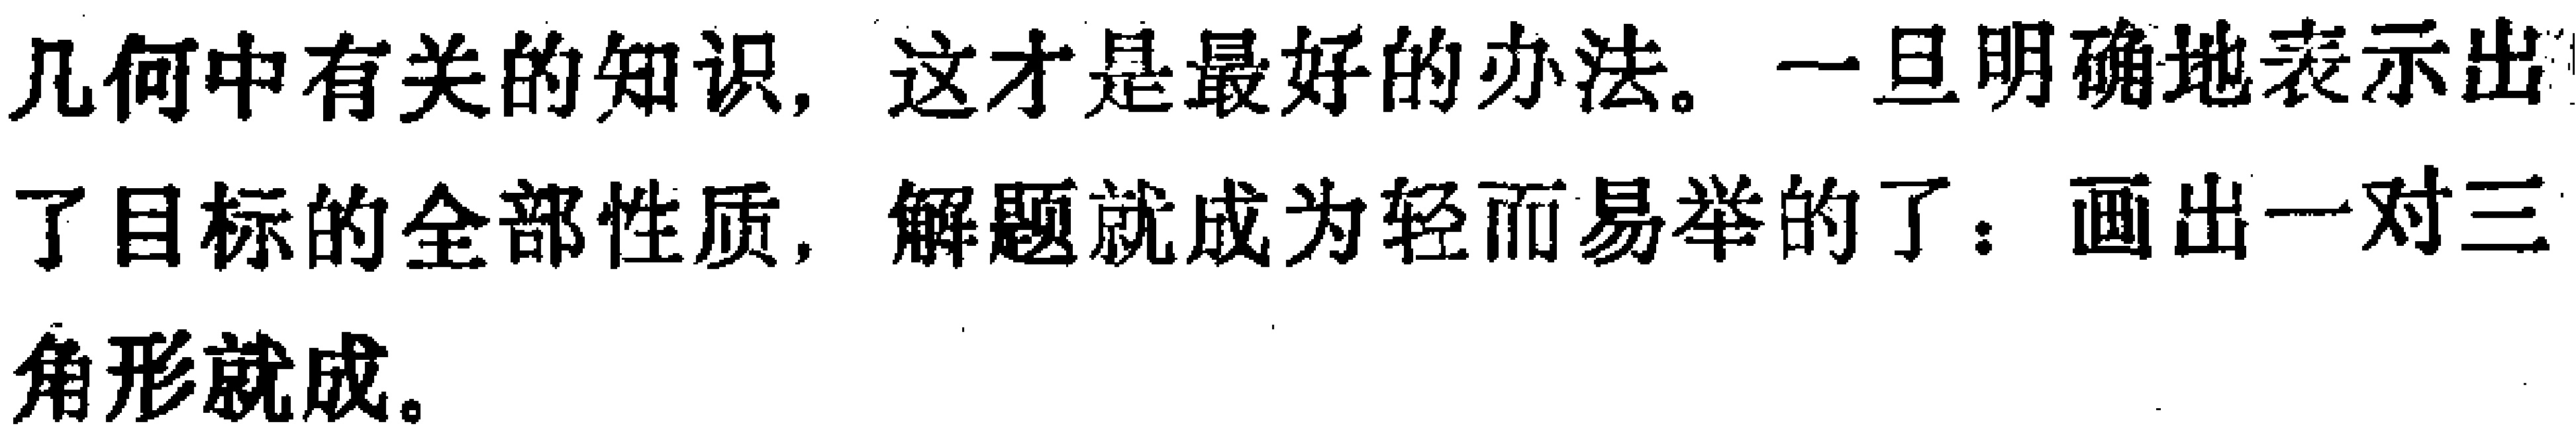
几何中有关的知识，这才是最好的办法。一旦明确地表示出了目标的全部性质，解题就成为轻而易举的了：画出一对三角形就成。